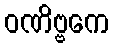
ဝဏိဗ္ဗကေ